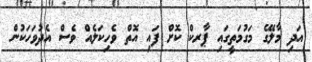
އަދި މާލޭގެ މަގުމަތީގައި ޕާރކް ކޮށް ފައި އޮތް ވެހިކަލެއް ވެސް އެދުވަހަކުން